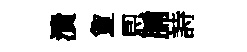
潰夐㤙脯詩